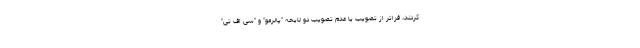
کردند، فراتر از تصویب یا عدم تصویب دو لایحه "پالرمو" و "سی اف تی"